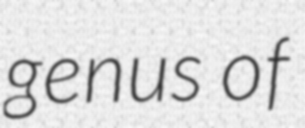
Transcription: genus of